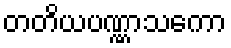
တတိယပဏ္ဏာသကော